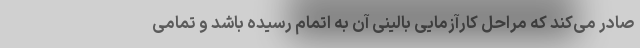
صادر می‌کند که مراحل کارآزمایی بالینی آن به اتمام رسیده باشد و تمامی